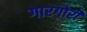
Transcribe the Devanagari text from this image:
गारगोरी